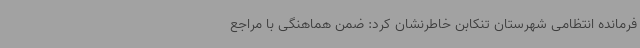
فرمانده انتظامی شهرستان تنکابن خاطرنشان کرد: ضمن هماهنگی با مراجع